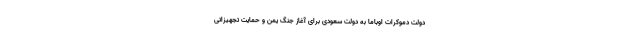
دولت دموکرات اوباما به دولت سعودی برای آغاز جنگ یمن و حمایت تجهیزاتی